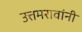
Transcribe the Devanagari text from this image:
उत्तमरावांनी